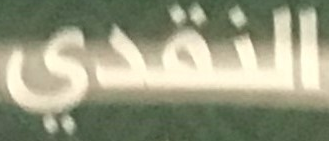
النقدي